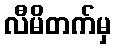
လီမိတက်မှ